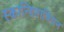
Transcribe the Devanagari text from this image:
स्कान्द्दिनावियन